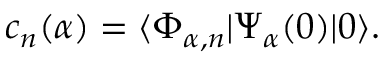
c _ { n } ( \alpha ) = \langle \Phi _ { \alpha , n } | \Psi _ { \alpha } ( 0 ) | 0 \rangle .